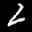
Label: 2